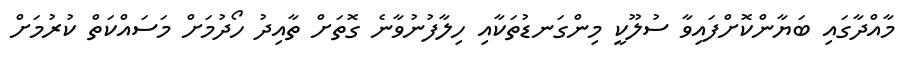
މާއްދާގައި ބަޔާންކޮށްފައިވާ ސުލޫކީ މިންގަނޑުތަކާއި ހިލާފުނުވާނެ ގޮތަށް ތާއިދު ހޯދުމަށް މަސައްކަތް ކުރުމަށް